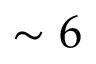
\sim 6